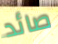
صائد